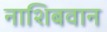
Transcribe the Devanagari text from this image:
नाशिबवान